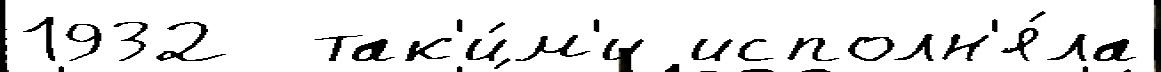
1932  так'и́м'и исполн'я́ла